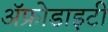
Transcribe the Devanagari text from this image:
ॲफ्रोडाइटी